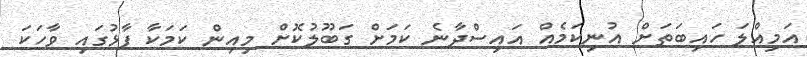
އަމިއްލަ ހައިބަތަށް އުނިކަމެއް އައިސްދާނެ ކަމަށް ގަބޫލުކޮށް މިއިން ކަމަކާ ފާޅުގައި ވާހަކަ